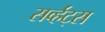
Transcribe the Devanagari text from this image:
सर्व्हंट्स